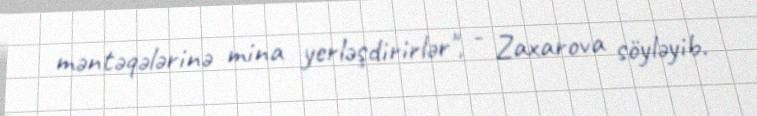
məntəqələrinə mina yerləşdirirlər", - Zaxarova söyləyib.